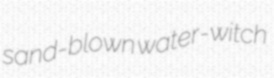
sand-blown water-witch